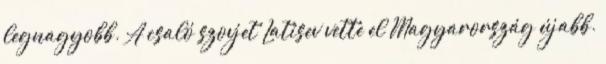
legnagyobb. A csaló szovjet Latisev vette el Magyarország újabb.